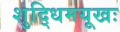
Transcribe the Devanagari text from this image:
शुद्धिमयूखः